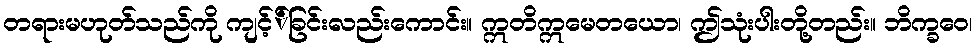
တရားမဟုတ်သည်ကို ကျင့််ခြင်းလည်းကောင်း။ ဣတိဣမေတယော၊ ဤသုံးပါးတို့တည်း။ ဘိက္ခဝေ၊